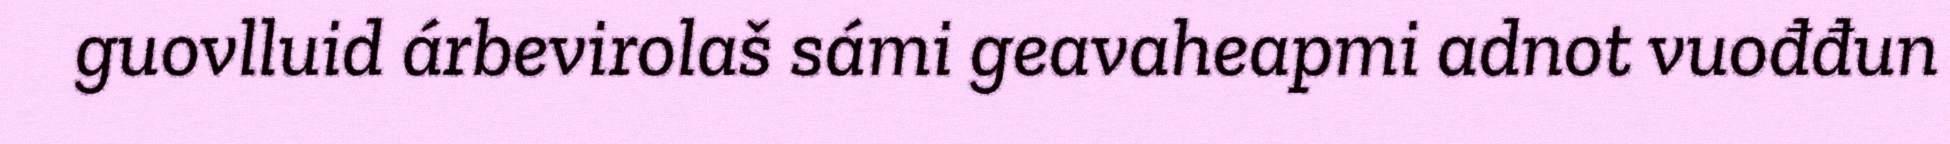
guovlluid árbevirolaš sámi geavaheapmi adnot vuođđun